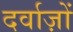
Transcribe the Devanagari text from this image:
दर्वाज़ों